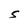
Character: S